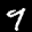
Label: 9